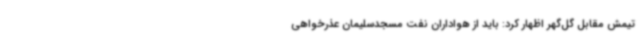
تیمش مقابل گل‌گهر اظهار کرد: باید از هواداران نفت مسجدسلیمان عذرخواهی